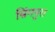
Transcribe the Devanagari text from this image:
सिंगपुरा